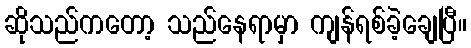
ဆိုသည်ကတော့ သည်နေရာမှာ ကျန်ရစ်ခဲ့ချေပြီ။